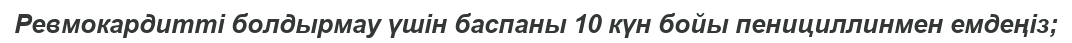
Ревмокардитті болдырмау үшін баспаны 10 күн бойы пенициллинмен емдеңіз;